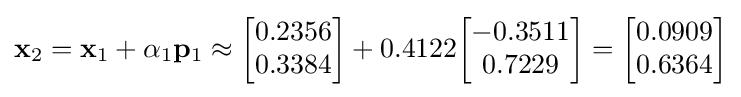
\mathbf {x} _{2}=\mathbf {x} _{1}+\alpha _{1}\mathbf {p} _{1}\approx {\begin{bmatrix}0.2356\\0.3384\end{bmatrix}}+0.4122{\begin{bmatrix}-0.3511\\0.7229\end{bmatrix}}={\begin{bmatrix}0.0909\\0.6364\end{bmatrix}}